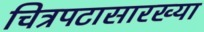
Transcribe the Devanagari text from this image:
चित्रपटासारख्या